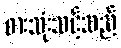
စားသုံးသင့်သည်